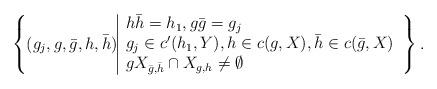
LaTeX: \begin{align*}\left\{ (g_j, g, \bar{g}, h, \bar{h})\begin{tabular}{|l}$h\bar{h}=h_1, g\bar{g}=g_j$\\$g_j\in c'(h_1, Y), h\in c(g, X), \bar{h}\in c(\bar{g}, X)$\\$gX_{\bar{g}, \bar{h}}\cap X_{g, h}\neq \emptyset$\end{tabular}\right\}.\end{align*}